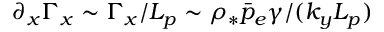
\partial _ { x } \Gamma _ { x } \sim \Gamma _ { x } / L _ { p } \sim \rho _ { * } \bar { p } _ { e } \gamma / ( k _ { y } L _ { p } )